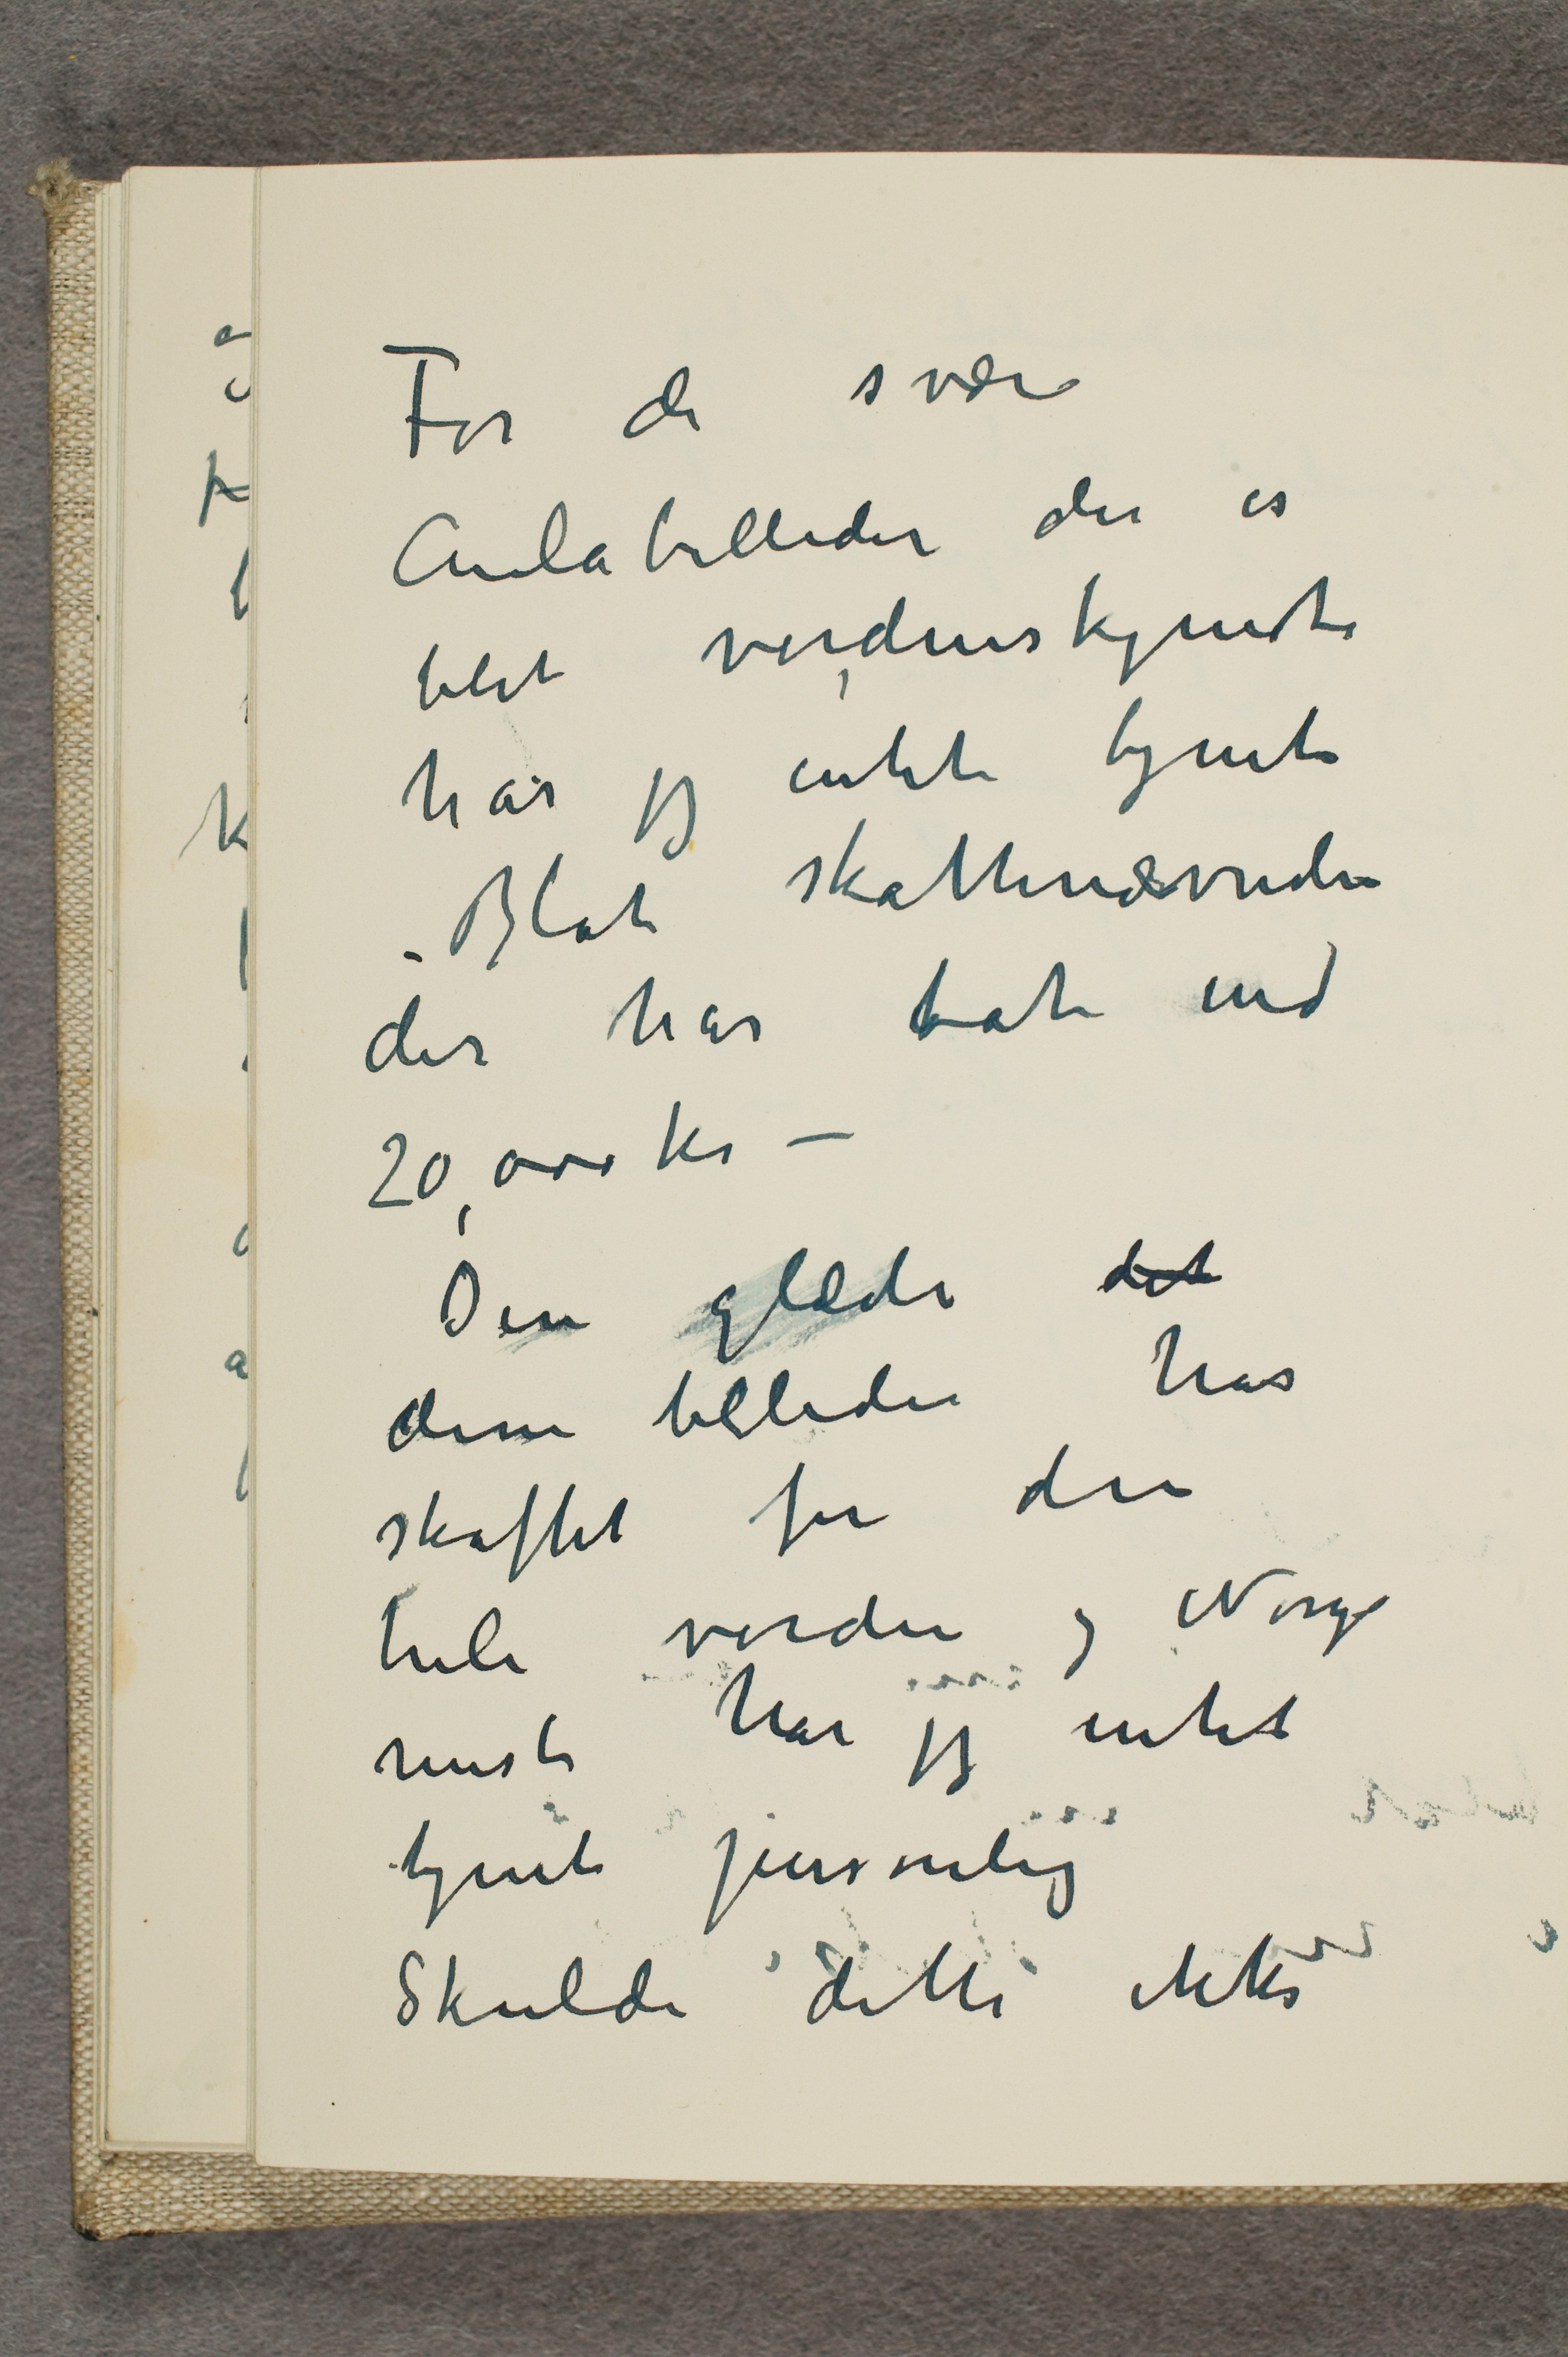
For de svære
Mulabilleder der es
blit verdenskjendte
har jeg intet tjent
Blot skathnævneden
der har tat end
20000 kr –
Den glæde det
disse billeder har
skaffet for den
hele verden og Norg
mest har jeg intet
hjent persomlig
Skulde dette ikke